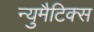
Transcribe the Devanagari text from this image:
न्युमैटिक्स